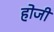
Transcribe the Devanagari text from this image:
होजी